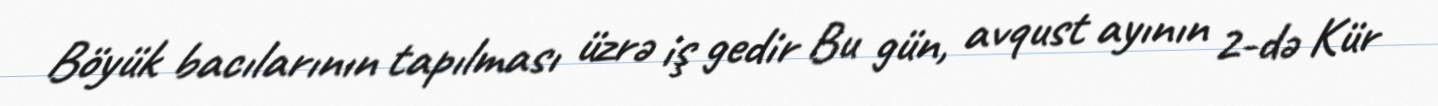
Böyük bacılarının tapılması üzrə iş gedir Bu gün, avqust ayının 2-də Kür